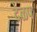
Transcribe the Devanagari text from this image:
देळप